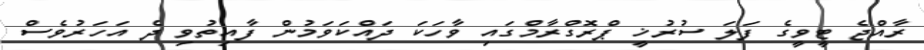
ރާއްޖެ ޓީވީގެ ފަލަ ސުރުޚީ ޕްރޮގްރާމްގައި ވާހަކަ ދައްކަވަމުން ފާއިތުވި ދެ އަހަރުވެސް